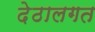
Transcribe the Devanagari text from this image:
देठालगत